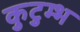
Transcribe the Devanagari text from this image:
कुटुम्भ